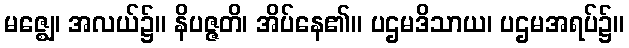
မဇ္ဈေ၊ အလယ်၌။ နိပဇ္ဇတိ၊ အိပ်နေ၏။ ပဌမဒိသာယ၊ ပဌမအရပ်၌။